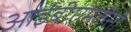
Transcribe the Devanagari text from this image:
आईबीएमजैसी